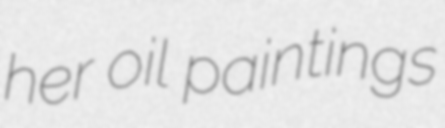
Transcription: her oil paintings